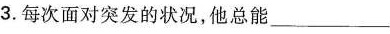
3.每次面对突发的状况，他总能___